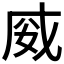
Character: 𭑿